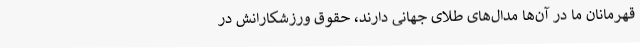
قهرمانان ما در آن‌ها مدال‌های طلای جهانی دارند، حقوق ورزشکارانش در